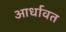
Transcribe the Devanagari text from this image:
आर्धावत